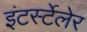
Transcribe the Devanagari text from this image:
इंटर्स्टेलेर